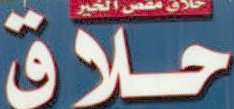
حلاق